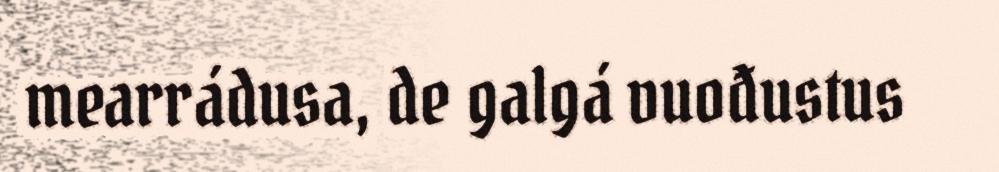
mearrádusa, de galgá vuođustus